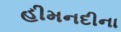
હીમનદીના